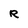
Character: R